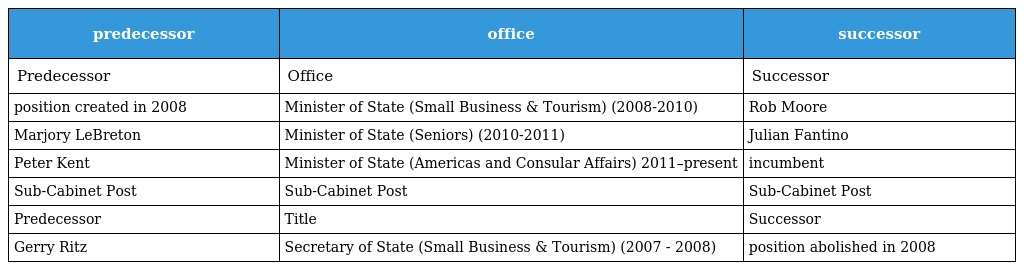
| predecessor | office | successor |
 | --- | --- | --- |
 | Predecessor | Office | Successor |
 | position created in 2008 | Minister of State (Small Business & Tourism) (2008-2010) | Rob Moore |
 | Marjory LeBreton | Minister of State (Seniors) (2010-2011) | Julian Fantino |
 | Peter Kent | Minister of State (Americas and Consular Affairs) 2011–present | incumbent |
 | Sub-Cabinet Post | Sub-Cabinet Post | Sub-Cabinet Post |
 | Predecessor | Title | Successor |
 | Gerry Ritz | Secretary of State (Small Business & Tourism) (2007 - 2008) | position abolished in 2008 |